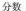
分数